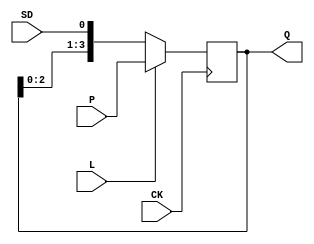
`timescale 1ns/1ns

module FS2(
	input CK,
	input [3:0] P,
	input SD, L,
	output reg [3:0] Q = 4'd0
);

	always @(negedge CK)	// negedge CK
	begin
		if (L)
			Q <= #1 P;					// Load
		else
			Q <= #1 {Q[2:0], SD};	// Shift
	end

endmodule